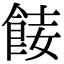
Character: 𩛏